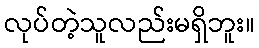
လုပ်တဲ့သူလည်းမရှိဘူး။